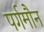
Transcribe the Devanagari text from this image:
पर्गमौन